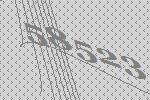
58523